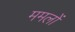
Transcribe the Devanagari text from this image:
ममलों